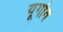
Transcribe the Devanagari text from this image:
यूगोव